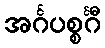
အင်္ဂပစ္စင်္ဂီ